Veterinary regulations India, 1939 -
Year: 1939
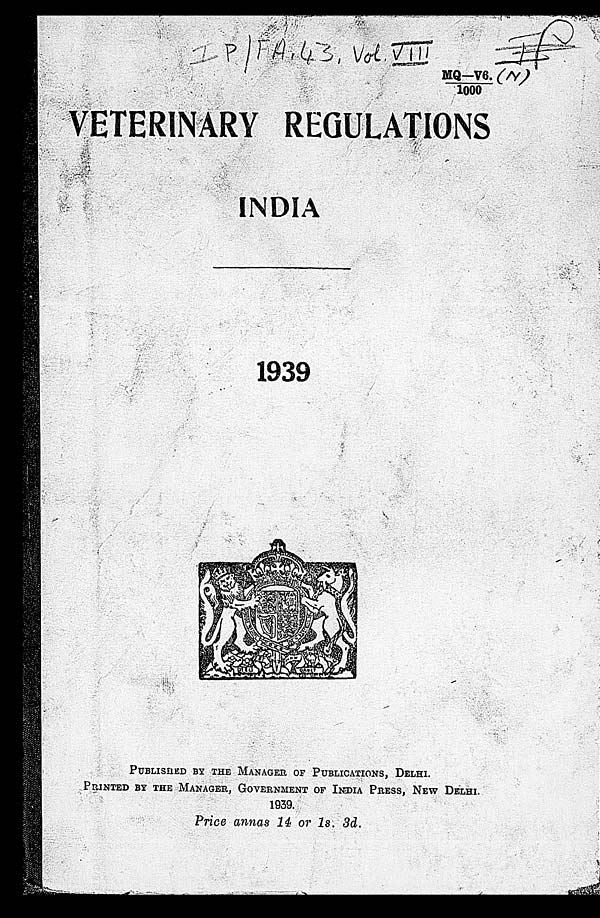
VETERINARY REGULATIONS
INDIA
1939